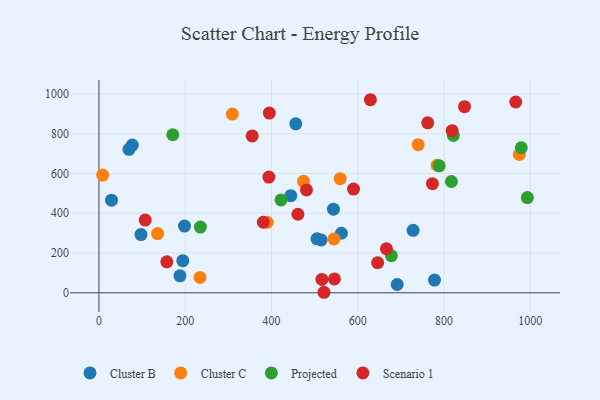
{"axis": {"x": "Engine Size", "y": "Rating"}, "legend": ["Cluster B", "Cluster C", "Projected", "Scenario 1"], "data": [{"x": "505.4", "y": 271.4, "type": "Cluster B"}, {"x": "444.6", "y": 488.4, "type": "Cluster B"}, {"x": "456.3", "y": 850.0, "type": "Cluster B"}, {"x": "562.0", "y": 299.5, "type": "Cluster B"}, {"x": "29.1", "y": 466.2, "type": "Cluster B"}, {"x": "77.3", "y": 743.1, "type": "Cluster B"}, {"x": "194.4", "y": 161.7, "type": "Cluster B"}, {"x": "777.8", "y": 64.3, "type": "Cluster B"}, {"x": "198.3", "y": 335.6, "type": "Cluster B"}, {"x": "97.4", "y": 292.9, "type": "Cluster B"}, {"x": "543.6", "y": 420.8, "type": "Cluster B"}, {"x": "187.8", "y": 85.2, "type": "Cluster B"}, {"x": "515.0", "y": 266.1, "type": "Cluster B"}, {"x": "728.2", "y": 314.2, "type": "Cluster B"}, {"x": "691.3", "y": 41.9, "type": "Cluster B"}, {"x": "69.6", "y": 721.8, "type": "Cluster B"}, {"x": "135.9", "y": 298.1, "type": "Cluster C"}, {"x": "740.0", "y": 745.0, "type": "Cluster C"}, {"x": "8.5", "y": 592.1, "type": "Cluster C"}, {"x": "544.6", "y": 270.7, "type": "Cluster C"}, {"x": "309.2", "y": 898.8, "type": "Cluster C"}, {"x": "234.2", "y": 77.5, "type": "Cluster C"}, {"x": "390.1", "y": 354.6, "type": "Cluster C"}, {"x": "783.8", "y": 641.6, "type": "Cluster C"}, {"x": "559.1", "y": 574.2, "type": "Cluster C"}, {"x": "474.1", "y": 560.9, "type": "Cluster C"}, {"x": "974.4", "y": 695.8, "type": "Cluster C"}, {"x": "821.4", "y": 791.4, "type": "Projected"}, {"x": "788.6", "y": 638.5, "type": "Projected"}, {"x": "171.1", "y": 795.1, "type": "Projected"}, {"x": "235.1", "y": 330.7, "type": "Projected"}, {"x": "993.1", "y": 479.2, "type": "Projected"}, {"x": "979.0", "y": 729.7, "type": "Projected"}, {"x": "422.0", "y": 467.4, "type": "Projected"}, {"x": "677.8", "y": 186.3, "type": "Projected"}, {"x": "817.0", "y": 560.0, "type": "Projected"}, {"x": "818.7", "y": 815.7, "type": "Scenario 1"}, {"x": "393.9", "y": 582.2, "type": "Scenario 1"}, {"x": "629.2", "y": 971.2, "type": "Scenario 1"}, {"x": "545.8", "y": 69.9, "type": "Scenario 1"}, {"x": "355.2", "y": 789.3, "type": "Scenario 1"}, {"x": "590.1", "y": 521.6, "type": "Scenario 1"}, {"x": "521.6", "y": 2.7, "type": "Scenario 1"}, {"x": "461.2", "y": 395.1, "type": "Scenario 1"}, {"x": "666.4", "y": 221.5, "type": "Scenario 1"}, {"x": "847.4", "y": 936.4, "type": "Scenario 1"}, {"x": "646.0", "y": 151.8, "type": "Scenario 1"}, {"x": "762.1", "y": 854.9, "type": "Scenario 1"}, {"x": "481.1", "y": 517.6, "type": "Scenario 1"}, {"x": "773.0", "y": 549.1, "type": "Scenario 1"}, {"x": "516.8", "y": 67.2, "type": "Scenario 1"}, {"x": "157.3", "y": 156.0, "type": "Scenario 1"}, {"x": "394.9", "y": 903.8, "type": "Scenario 1"}, {"x": "380.9", "y": 355.0, "type": "Scenario 1"}, {"x": "107.2", "y": 366.0, "type": "Scenario 1"}, {"x": "966.1", "y": 959.7, "type": "Scenario 1"}]}